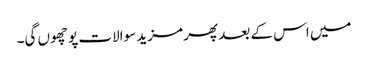
میں اس کے بعد پھر مزید سوالات پوچھوں گی۔